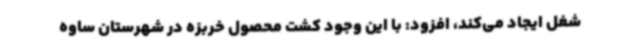
شغل ایجاد می‌کند، افزود: با این وجود کشت محصول خربزه در شهرستان ساوه